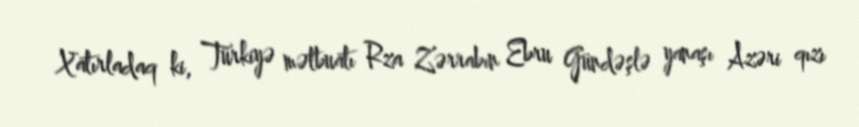
Xatırladaq ki, Türkiyə mətbuatı Rza Zərrabın Ebru Gündəşlə yanaşı Azəri qızı